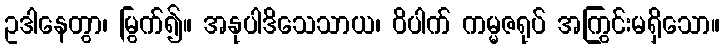
ဥဒါနေတွာ၊ မြွက်၍။ အနုပါဒိသေသာယ၊ ဝိပါက် ကမ္မဇရုပ် အကြွင်းမရှိသော။